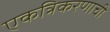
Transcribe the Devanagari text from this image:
एकत्रिकरणाची